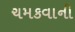
ચમકવાની